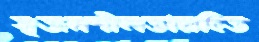
সৃজনশীলতারহিত